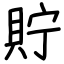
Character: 貯